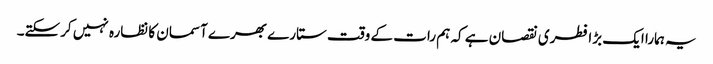
یہ ہمارا ایک بڑا فطری نقصان ہے کہ ہم رات کے وقت ستارے بھرے آسمان کا نظارہ نہیں کرسکتے۔